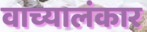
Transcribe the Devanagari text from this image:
वाच्यालंकार